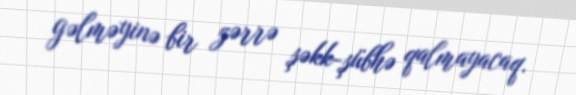
gəlməyinə bir zərrə şəkk-şübhə qalmayacaq.